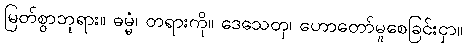
မြတ်စွာဘုရား။ ဓမ္မံ၊ တရားကို။ ဒေသေတု၊ ဟောတော်မူစေခြင်းငှာ။